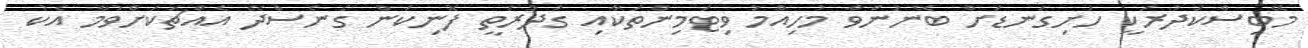
މޭބިސްކަދުރަކީ ހަށިގަނޑަށް ބޭނުންވާ މުހިއްމު ވިޓަމިންތަކާއި ގުދުރަތީ ފޮނިކަން ގެނެސްދޭ އެއްޗަކަށްވުމާ އެކު